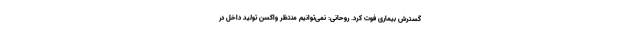
گسترش بیماری فوت کرد. روحانی: نمی‌توانیم منتظر واکسن تولید داخل در